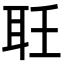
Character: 𦔽